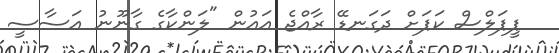
ޕީޕަލްސް ކަޕަށް ދަގަނޑޭ ރާއްޖެ އައުން "ލަންކާގެ ގާނޫނު އަސާސީ